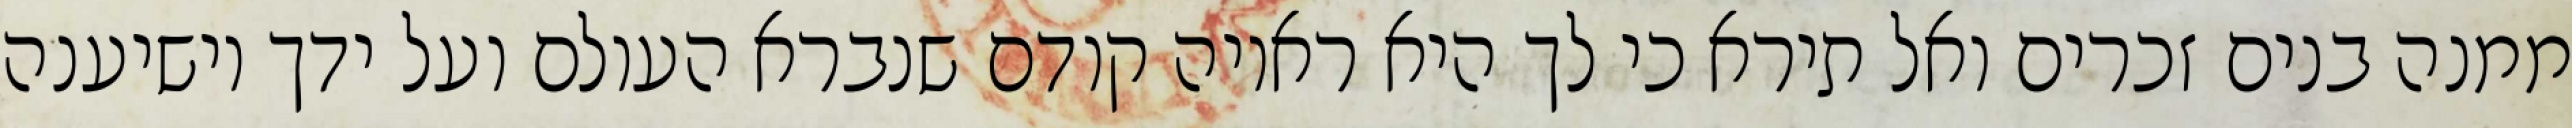
ממנה בנים זכרים ואל תירא כי לך היא ראויה קודם שנברא העולם ועל ידך יושיענה